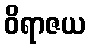
ဝိရာဇယ